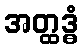
အတ္ထဒ္ဓံ